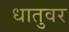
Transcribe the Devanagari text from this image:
धातुवर